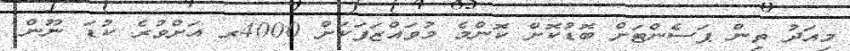
މިއަދު ތިން ޕަސެންޓަށް ބޮޑުކޮށް ކޮންމެ މުވައްޒަފަކަށް 4000ރ އަށްވުރެ ކުޑަ ނޫން